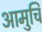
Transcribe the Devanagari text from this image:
आमुचि